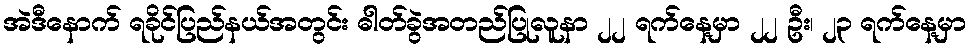
အဲဒီနောက် ရခိုင်ပြည်နယ်အတွင်း ဓါတ်ခွဲအတည်ပြုလူနာ ၂၂ ရက်နေ့မှာ ၂၂ ဦး၊ ၂၃ ရက်နေ့မှာ